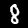
Label: 8